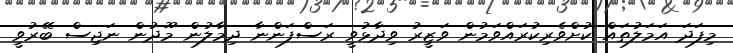
މިފަދަ އަމަލުތައް ކުށްވެރިކުރައްވަމުން ވަޒީރު ވިދާޅުވީ ރަސްފަންނާ ދިމާލުން މޫދުން ނަޖިސް ބޭރުވީ